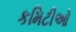
કમિટીઓ